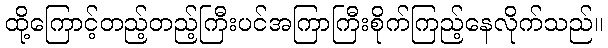
ထို့ကြောင့်တည့်တည့်ကြီးပင်အကြာကြီးစိုက်ကြည့်နေလိုက်သည်။